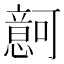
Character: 𰒚